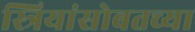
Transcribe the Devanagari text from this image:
स्त्रियांसोबतच्या